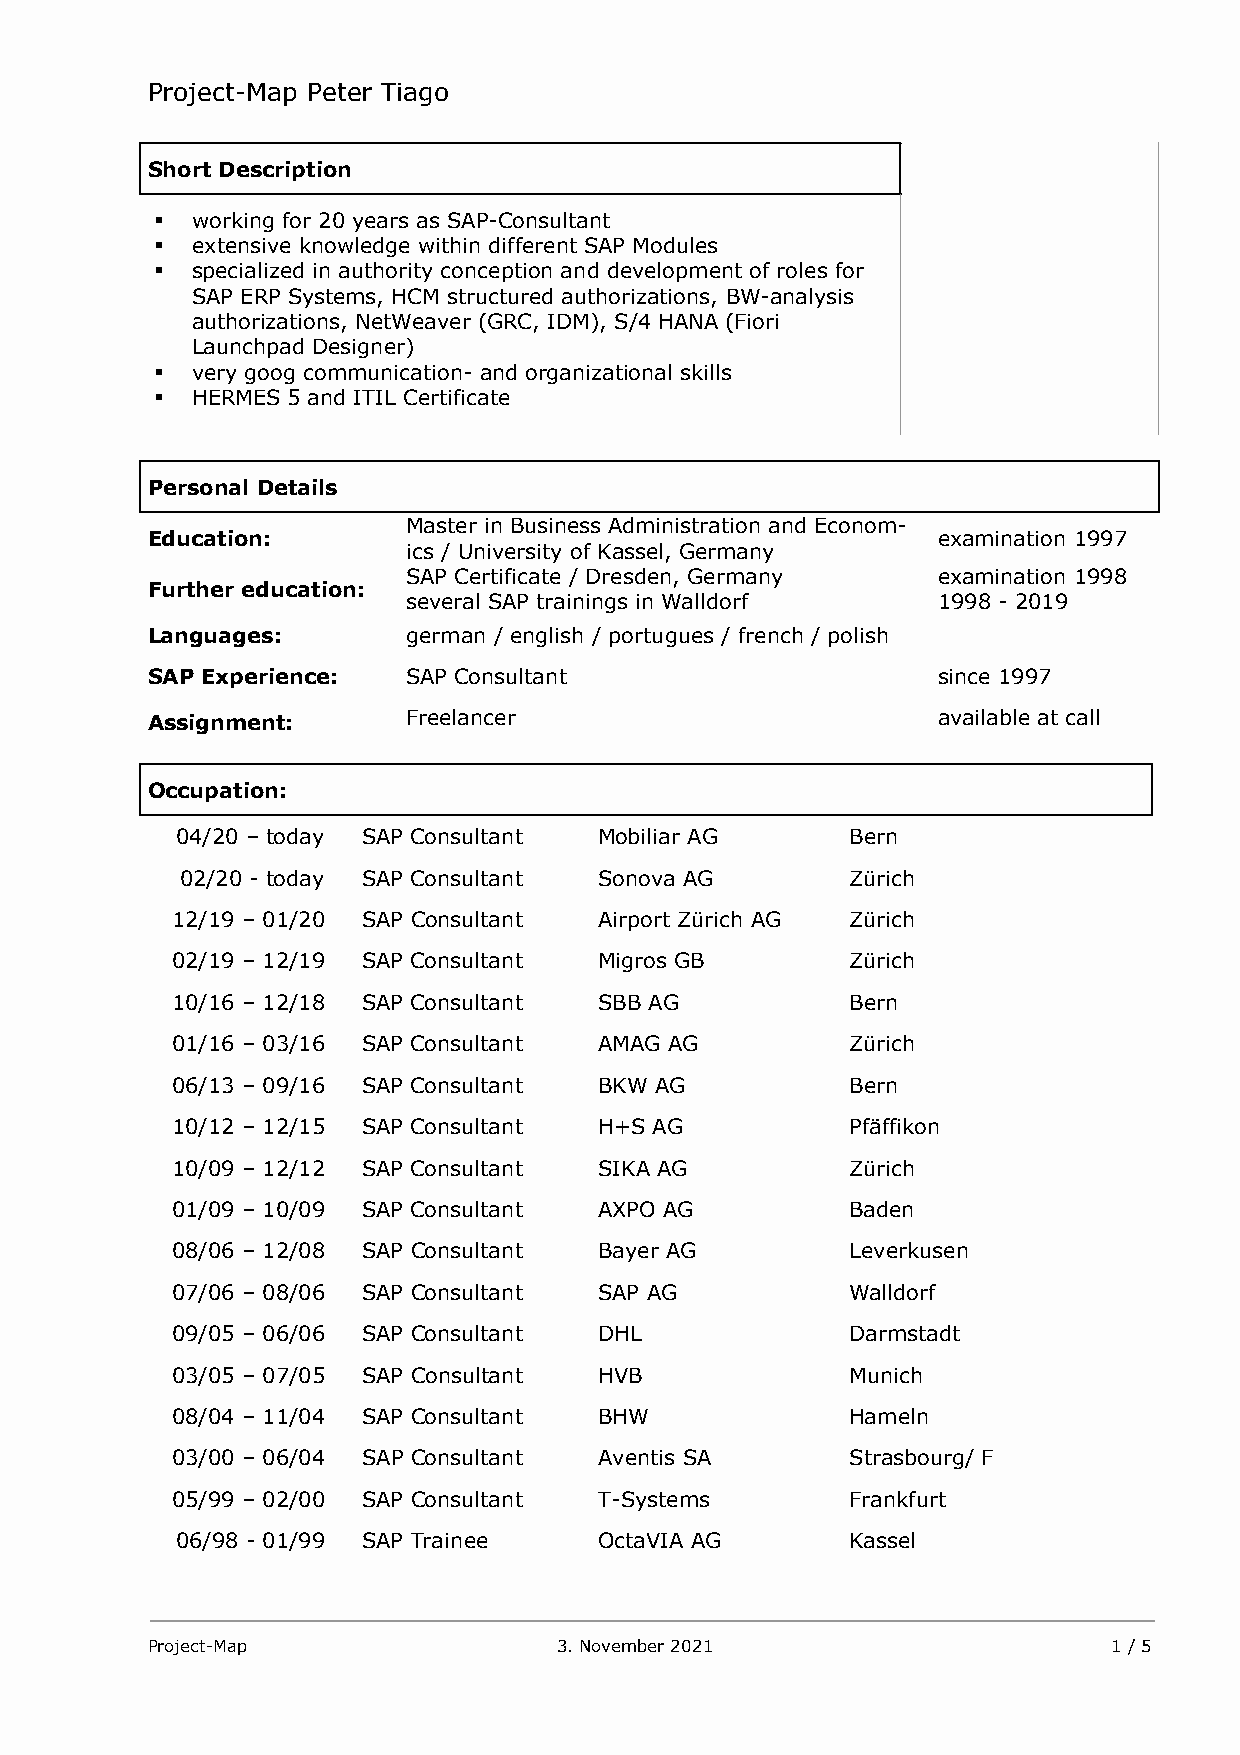
Project-Map Peter Tiago
 Short Description
 !  working for 20 years as SAP-Consultant
 !  extensive knowledge within different SAP Modules
 !  specialized in authority conception and development of roles for
 SAP ERP Systems, HCM structured authorizations, BW-analysis
 authorizations, NetWeaver (GRC, IDM), S/4 HANA (Fiori
 Launchpad Designer)
 !  very goog communication- and organizational skills
 !  HERMES 5 and ITIL Certificate
 Personal Details
 Master in Business Administration and Econom-
 Education:                                          examination 1997
 ics / University of Kassel, Germany
 SAP Certificate / Dresden, Germany examination 1998
 Further education:
 several SAP trainings in Walldorf  1998 - 2019
 Languages:       german / english / portugues / french / polish
 SAP Experience:  SAP Consultant                     since 1997
 Assignment:      Freelancer                         available at call
 Occupation:
 04/20 – today SAP Consultant Mobiliar AG    Bern
 02/20 - today SAP Consultant Sonova AG      Zürich
 12/19 – 01/20 SAP Consultant Airport Zürich AG Zürich
 02/19 – 12/19 SAP Consultant Migros GB       Zürich
 10/16 – 12/18 SAP Consultant SBB AG          Bern
 01/16 – 03/16 SAP Consultant AMAG AG         Zürich
 06/13 – 09/16 SAP Consultant BKW AG          Bern
 10/12 – 12/15 SAP Consultant H+S AG          Pfäffikon
 10/09 – 12/12 SAP Consultant SIKA AG         Zürich
 01/09 – 10/09 SAP Consultant AXPO AG         Baden
 08/06 – 12/08 SAP Consultant Bayer AG        Leverkusen
 07/06 – 08/06 SAP Consultant SAP AG          Walldorf
 09/05 – 06/06 SAP Consultant DHL             Darmstadt
 03/05 – 07/05 SAP Consultant HVB             Munich
 08/04 – 11/04 SAP Consultant BHW             Hameln
 03/00 – 06/04 SAP Consultant Aventis SA      Strasbourg/ F
 05/99 – 02/00 SAP Consultant T-Systems       Frankfurt
 06/98 - 01/99 SAP Trainee   OctaVIA AG      Kassel
 Project-Map                3. November 2021                     1 / 5